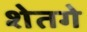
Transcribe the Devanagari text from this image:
शेतगे